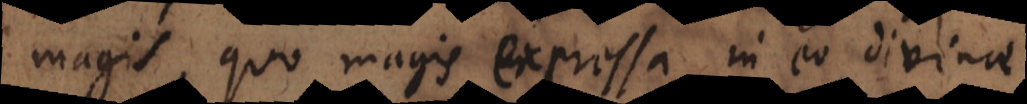
magis, quo magis expressa in eo divinae